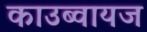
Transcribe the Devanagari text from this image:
काउब्वायज